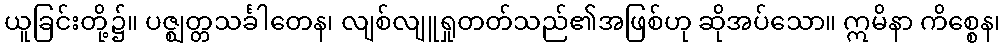
ယူခြင်းတို့၌။ ပဇ္ဈတ္တသင်္ခါတေန၊ လျစ်လျူရှုတတ်သည်၏အဖြစ်ဟု ဆိုအပ်သော။ ဣမိနာ ကိစ္စေန၊